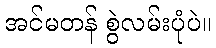
အင်မတန် စွဲလမ်းပုံပဲ။